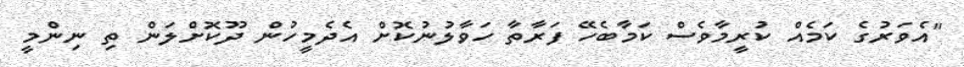
"އެވަރުގެ ކަމެއް ކުރީމާވެސް ކަމާބެހޭ ފަރާތާ ހަވާލުނުކޮށް އެދެމީހުން ދޫކޮށްލަން ތި ނިންމީ